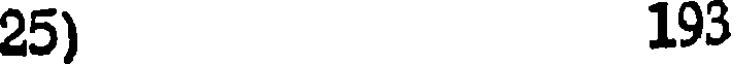
25) 193